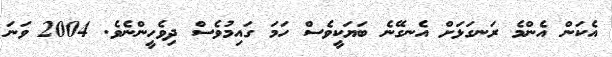
އެކަން އެންމެ ރަނގަޅަށް އެނގޭނެ ބަޔަކީވެސް ހަމަ ގައިމުވެސް ދިވެހީންނެވެ. 2004 ވަނަ